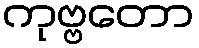
ကုဗ္ဗတော